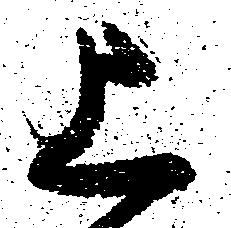
上